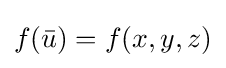
f({\bar {u}})=f(x,y,z)